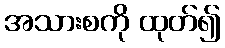
အသားစကို ထုတ်၍